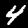
Label: 4